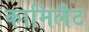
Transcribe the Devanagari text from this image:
कामिलैट